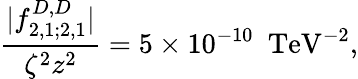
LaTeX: \frac{|f_{2,1;2,1}^{D,D}|}{\zeta^{2}z^{2}}=5\times 10^{-10}\, \, \, \mathrm{TeV}^{-2},